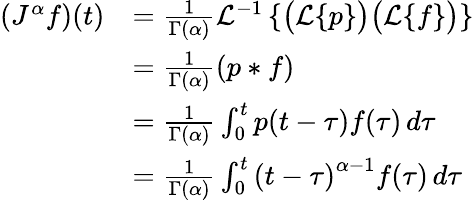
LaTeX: {\begin{array}{rl}{\left(J^{\alpha}f\right)(t)}&{={\frac{1}{\Gamma(\alpha)}}{\mathcal{L}}^{-1}\left\{ {\bigl(}{\mathcal{L}}\{ p\} {\bigr)}{\bigl(}{\mathcal{L}}\{ f\} {\bigr)}\right\} }\\ &{={\frac{1}{\Gamma(\alpha)}}(p*f)}\\ &{={\frac{1}{\Gamma(\alpha)}}\int_{0}^{t}p(t-\tau)f(\tau)\, d\tau}\\ &{={\frac{1}{\Gamma(\alpha)}}\int_{0}^{t}\left(t-\tau\right)^{\alpha-1}f(\tau)\, d\tau}\end{array}}